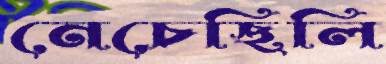
নেচেছিলি